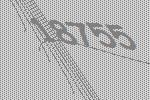
18755